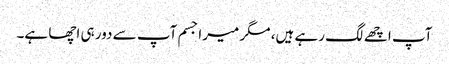
آپ اچھے لگ رہے ہیں، مگر میرا جسم آپ سے دور ہی اچھا ہے۔